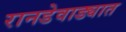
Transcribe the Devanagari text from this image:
रानडेवाड्यात